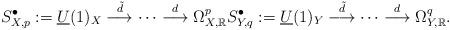
LaTeX: \begin{align*}S^{\bullet}_{X,p} := \underline{U}(1)_{X} \overset{\tilde{d}}\longrightarrow \cdots \overset{d}\longrightarrow \Omega^{p}_{X,\mathbb{R}} S^{\bullet}_{Y,q} := \underline{U}(1)_{Y} \overset{\tilde{d}}\longrightarrow \cdots \overset{d}\longrightarrow \Omega^{q}_{Y,\mathbb{R}}.\end{align*}